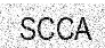
SCCA